Notes on vaccination in the North-West Frontier Province 1923-1928 - 1923-1928
Year: 1923
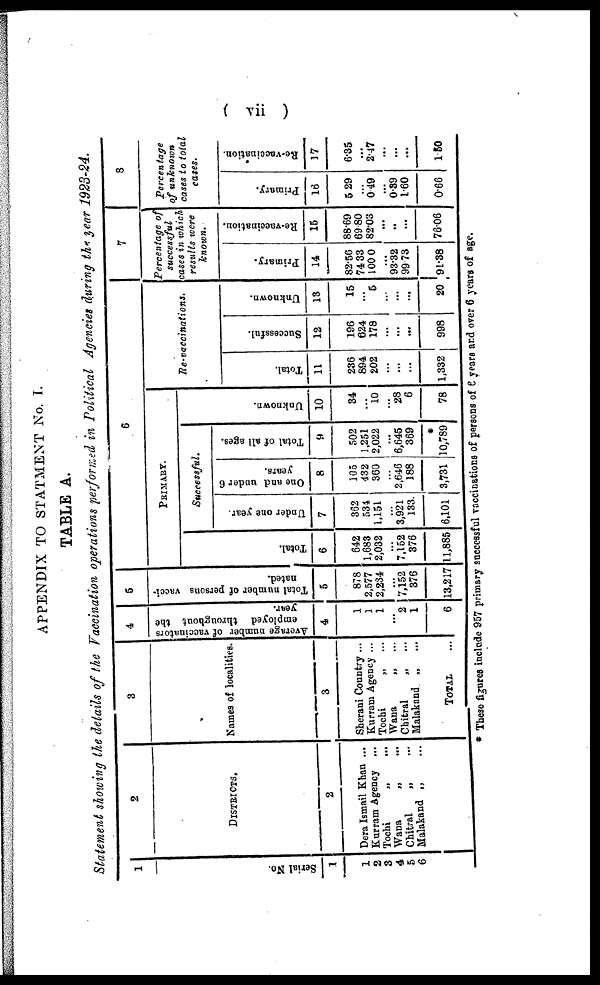
( vii )
APPENDIX TO STATMENT No. I.
TABLE A.
Statement showing the details of the Vaccination operations performed in Political Agencies during the year 1923-24.
1
Serial No.
1
1
2
3
4
5
6
2
DISTRICTS.
2
Dera Ismail Khan ...
Kurram Agency ...
Tochi „ ...
Wana
„ ...
Chitral
„ ...
Malakand „ ...
3
Names of localities.
3
Sherani Country ...
Kurram Agency ...
Tochi
„ ...
Wana
„ ...
Chitral
„ ...
Malakand „ ...
TOTAL ...
4
Avenge number of vaccinators
employed throughout the
year.
4
1
1
1
...
2
1
6
5
Total number of persons vacci-
nated.
5
878
2,577
2,234
...
7,152
376
13,217
6
PRIMARY.
Total.
6
642
1,683
2,032
...
7,152
376
11,885
Successful.
Under one year
7
362
531
1,151
...
3,921
133
6,101
One and under 6
years.
8
105
432
360
...
2,646
188
3,731
Total of all ages.
9
502
1,251
2,022
...
6,645
369
*
10,789
Unknown.
10
34
...
10
...
28
6
78
Re-vaccinations.
Total.
11
236
894
202
...
...
...
1,332
Successful.
12
196
624
178
...
...
...
998
Unknown.
13
15
...
5
...
...
...
20
7
Percentage of
successful
cases in which
results were
known.
Pr i
mar y.
14
82.56
74.33
100.0
...
93.32
99.73
91.38
Re -
va c c i
na t
i
on.
15
88.69
69.80
82.03
...
...
...
76.06
8
Percentage
of unknown
cases to total
cases.
Primary.
16
5.29
...
0.49
...
0.39
1.60
0.66
Re-vaccination.
17
6.35
...
2.47
...
...
...
1.50
* These figures include 957 primary successful vaccinations of persons of 6 years and over 6 years of age.